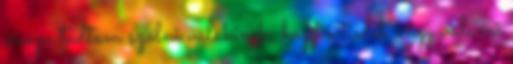
vissza tudtam szólni valakinek, hogy a tiedet, vagy valami